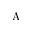
\mathrm { A }